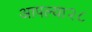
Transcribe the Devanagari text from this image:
आपल्या२८